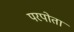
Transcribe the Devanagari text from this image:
परपोता